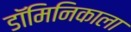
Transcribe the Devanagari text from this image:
डॉमिनिकाला